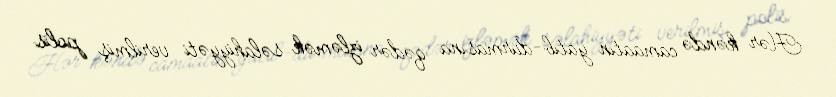
Hər kəndə camaatın yatıb-durmasına qədər izləmək səlahiyyəti verilmiş polis